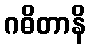
ဂဓိတာနိ